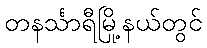
တနင်္သာရီမြို့နယ်တွင်